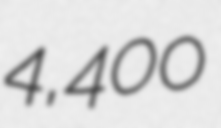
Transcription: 4,400